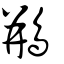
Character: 鵧